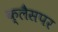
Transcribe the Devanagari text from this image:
क्लैसपर